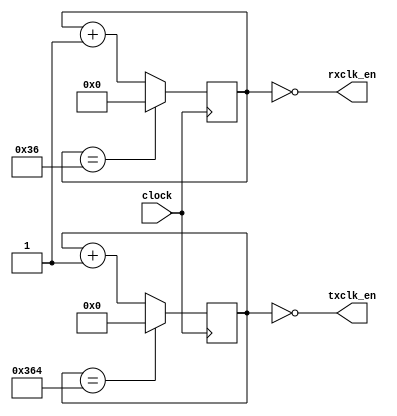
module baud(input wire clock,
		     output wire rxclk_en,
		     output wire txclk_en);

parameter RX_ACC_MAX = 100000000 / (115200 * 16);
parameter TX_ACC_MAX = 100000000 / 115200;
parameter RX_ACC_WIDTH = $clog2(RX_ACC_MAX);
parameter TX_ACC_WIDTH = $clog2(TX_ACC_MAX);
reg [RX_ACC_WIDTH - 1:0] rx_acc = 0;
reg [TX_ACC_WIDTH - 1:0] tx_acc = 0;

assign rxclk_en = (rx_acc == 0);
assign txclk_en = (tx_acc == 0);

always @(posedge clock) begin
	if (rx_acc == RX_ACC_MAX[RX_ACC_WIDTH - 1:0])
		rx_acc <= 0;
	else
		rx_acc <= rx_acc + 1;
end

always @(posedge clock) begin
	if (tx_acc == TX_ACC_MAX[TX_ACC_WIDTH - 1:0])
		tx_acc <= 0;
	else
		tx_acc <= tx_acc + 1;
end

endmodule